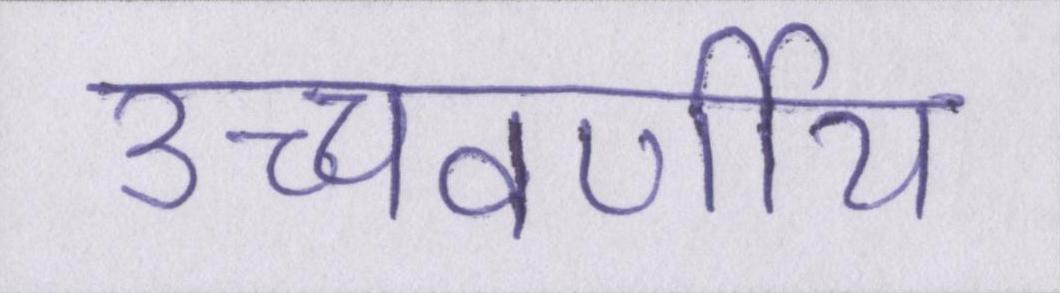
उच्चवर्णीय